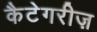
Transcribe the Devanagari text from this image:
कैटेगरीज़